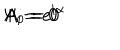
LaTeX: \Psi = e ^ { i \alpha } \hspace { 1 . 2 c m } A _ { i } = 0 \hspace { 1 . 2 c m } A _ { 0 } = 0